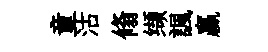
童沽翛缬諷贏